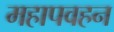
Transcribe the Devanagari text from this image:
महापवहन